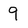
Character: 9